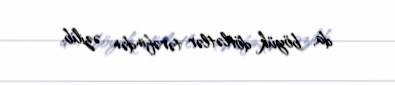
da, böyük dövlətlər tərəfindən əzilib.